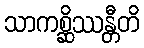
သာကစ္ဆိဿန္တီတိ